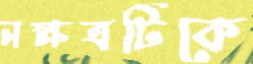
নক্ষত্রটিকে